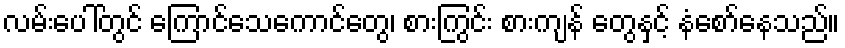
လမ်းပေါ်တွင် ကြောင်သေကောင်တွေ၊ စားကြွင်း စားကျန် တွေနှင့် နံစော်နေသည်။